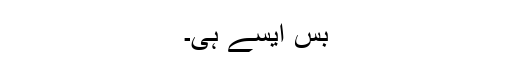
بس ایسے ہی۔